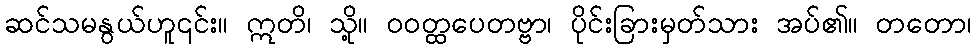
ဆင်သမနွယ်ဟူ၎င်း။ ဣတိ၊ သို့။ ဝဝတ္ထပေတဗ္ဗာ၊ ပိုင်းခြားမှတ်သား အပ်၏။ တတော၊